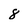
Character: 8